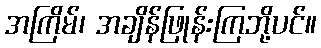
အကြိမ်၊ အချိန်ဖြုန်းကြဘို့ပင်။